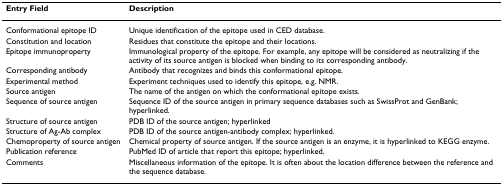
<table><thead><tr><td><b>Entry Field</b></td><td><b>Description</b></td></tr></thead><tbody><tr><td>Conformational epitope ID</td><td>Unique identification of the epitope used in CED database.</td></tr><tr><td>Constitution and location</td><td>Residues that constitute the epitope and their locations.</td></tr><tr><td>Epitope immunoproperty</td><td>Immunological property of the epitope. For example, any epitope will be considered as neutralizing if the activity of its source antigen is blocked when binding to its corresponding antibody.</td></tr><tr><td>Corresponding antibody</td><td>Antibody that recognizes and binds this conformational epitope.</td></tr><tr><td>Experimental method</td><td>Experiment techniques used to identify this epitope, e.g. NMR.</td></tr><tr><td>Source antigen</td><td>The name of the antigen on which the conformational epitope exists.</td></tr><tr><td>Sequence of source antigen</td><td>Sequence ID of the source antigen in primary sequence databases such as SwissProt and GenBank; hyperlinked.</td></tr><tr><td>Structure of source antigen</td><td>PDB ID of the source antigen; hyperlinked</td></tr><tr><td>Structure of Ag-Ab complex</td><td>PDB ID of the source antigen-antibody complex; hyperlinked.</td></tr><tr><td>Chemoproperty of source antigen</td><td>Chemical property of source antigen. If the source antigen is an enzyme, it is hyperlinked to KEGG enzyme.</td></tr><tr><td>Publication reference</td><td>PubMed ID of article that report this epitope; hyperlinked.</td></tr><tr><td>Comments</td><td>Miscellaneous information of the epitope. It is often about the location difference between the reference and the sequence database.</td></tr></tbody></table>